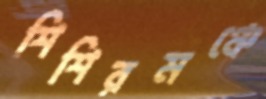
শিশিরমঞ্চে